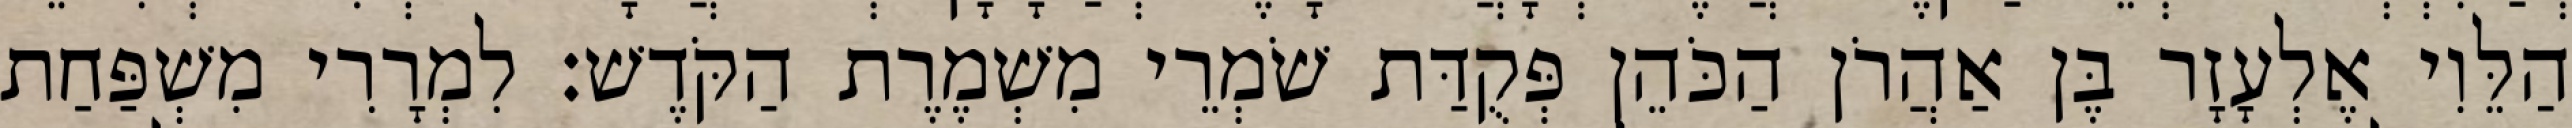
הַלֵּוִי אֶלְעָזָר בֶּן אַהֲרֹן הַכֹּהֵן פְּקֻדַּת שֹׁמְרֵי מִשְׁמֶרֶת הַקֹּדֶשׁ׃ לִמְרָרִי מִשְׁפַּחַת